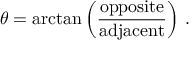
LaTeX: \theta = \arctan \left( { \frac { \mathrm { o p p o s i t e } } { \mathrm { a d j a c e n t } } } \right) \, .